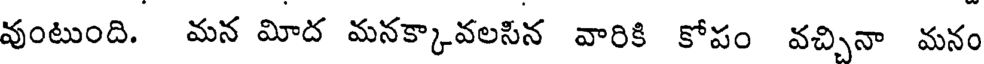
వుంటుంది. మన మిద మనక్కావలసిన వారికి కోపం వచ్చినా మనం